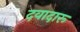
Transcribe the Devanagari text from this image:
दवादारू